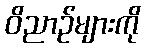
ဝိညာဉ်များကို